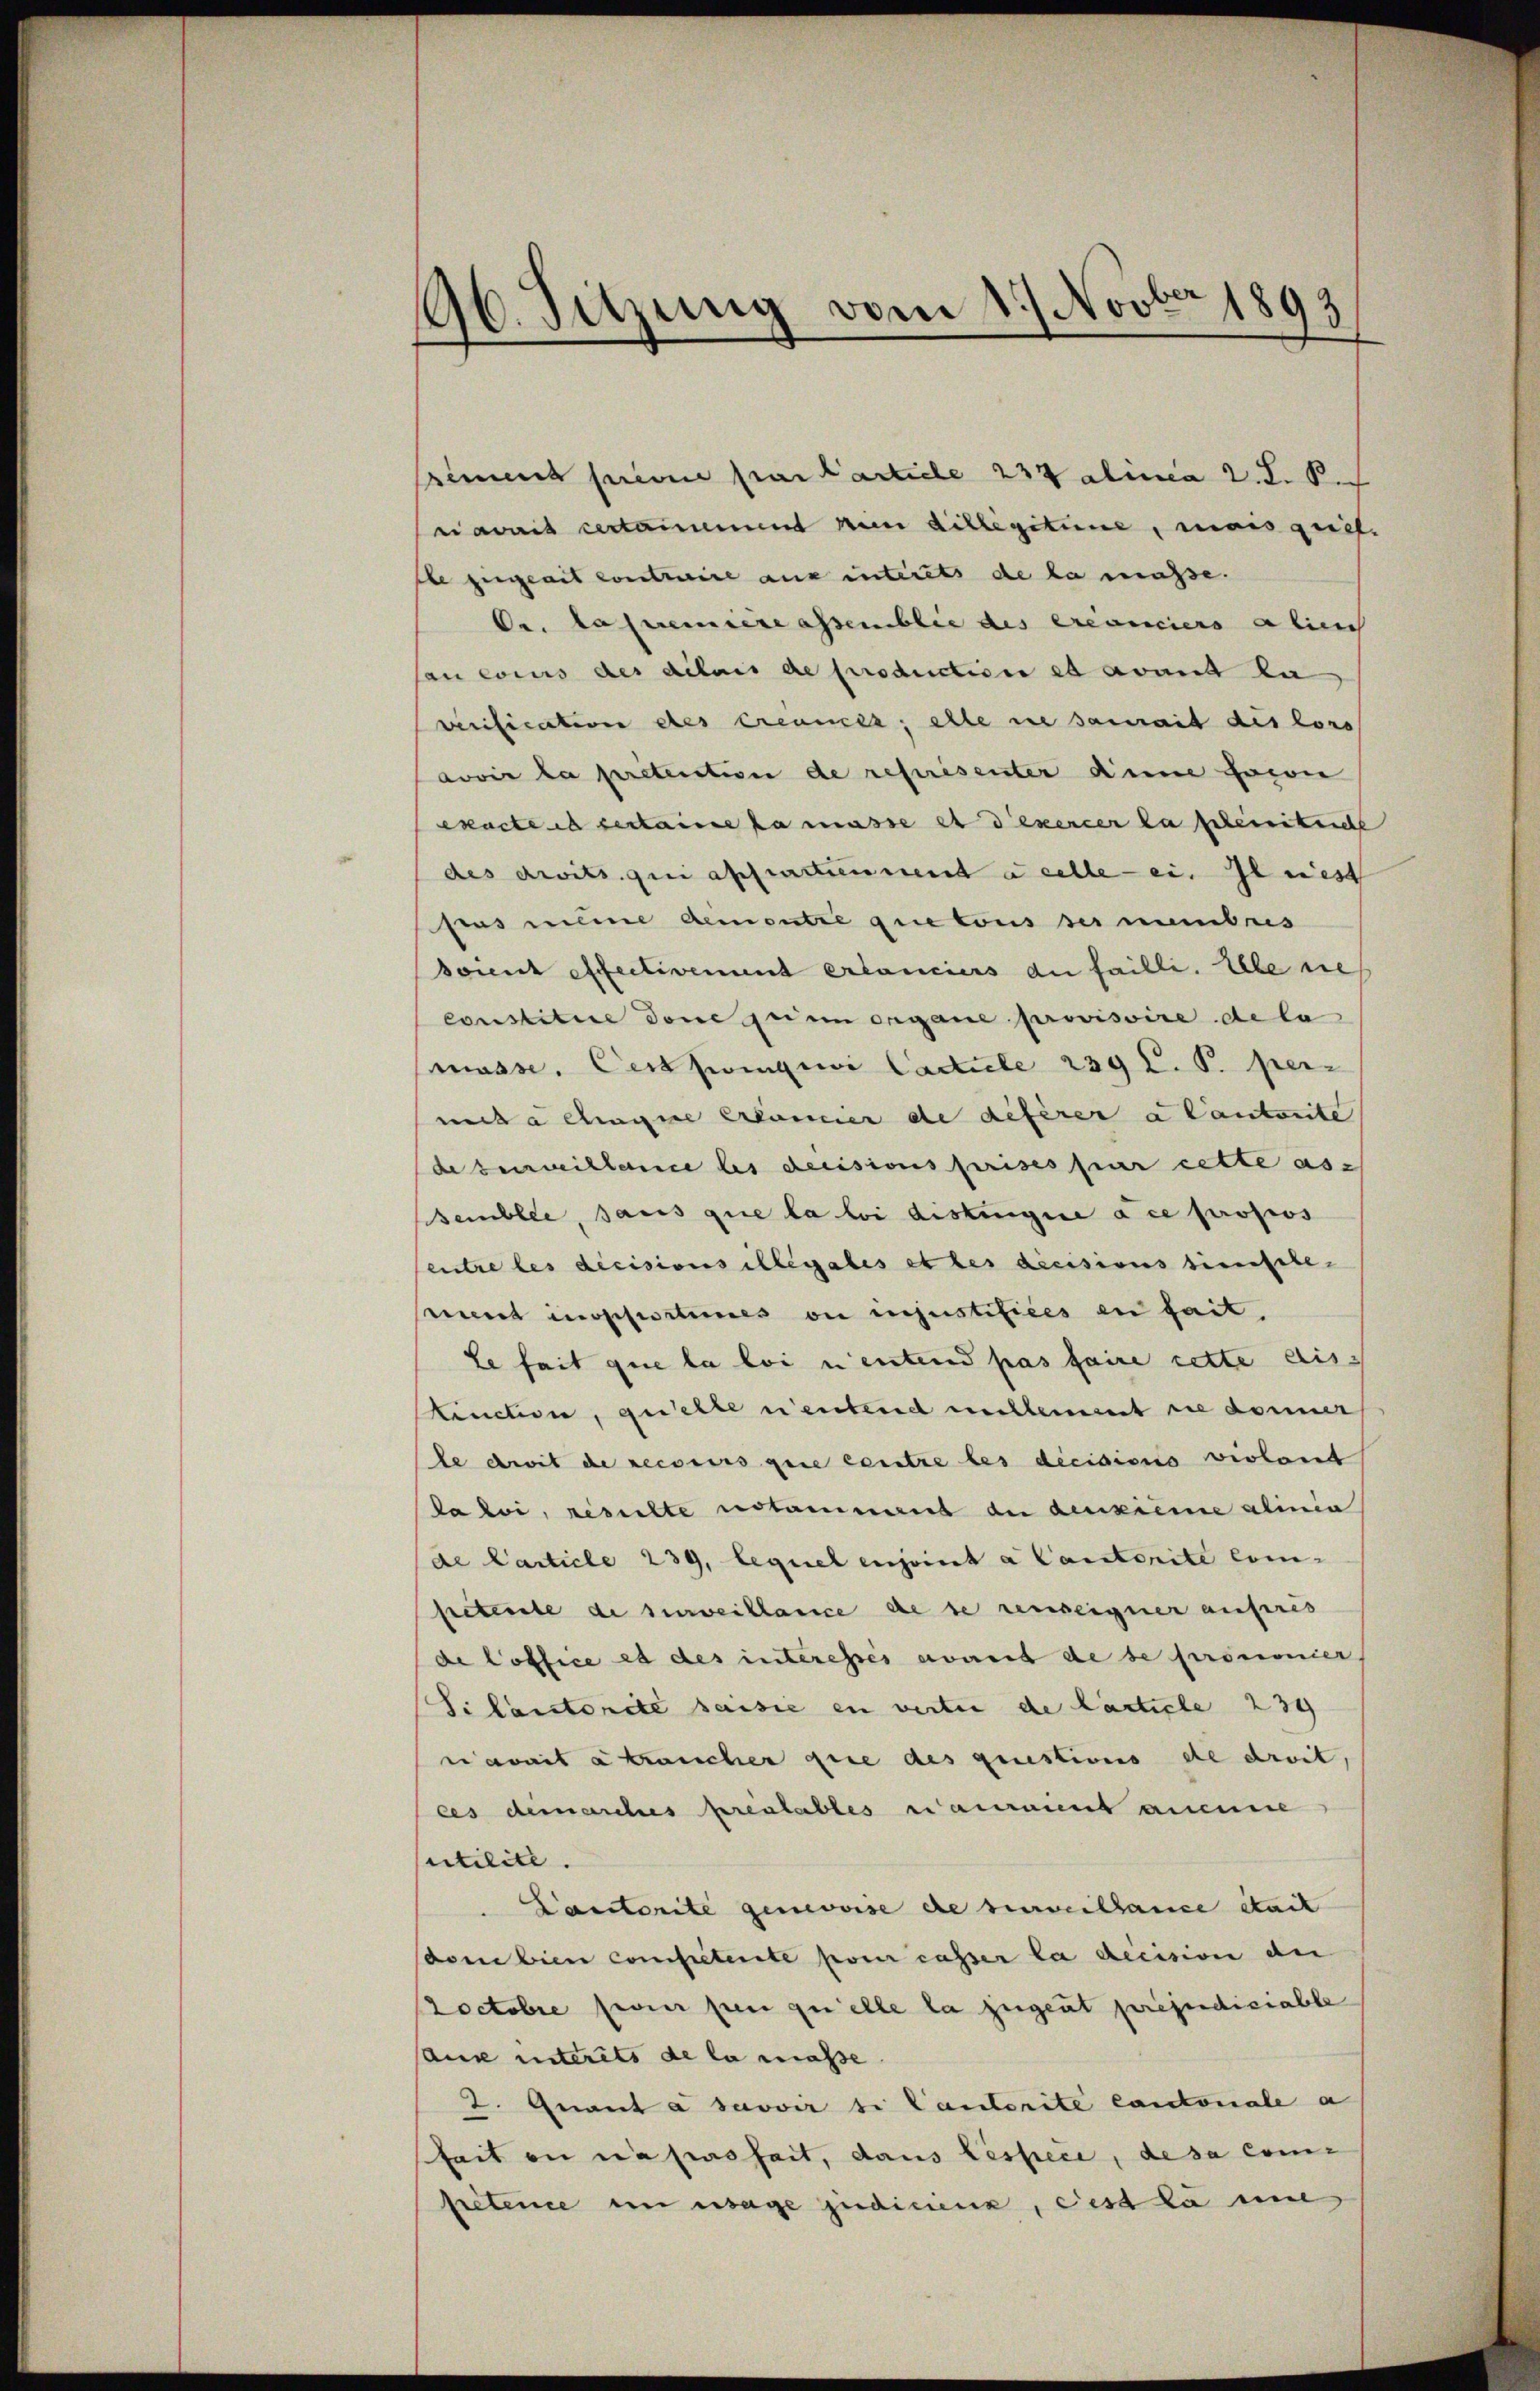
96. Sitzung vom 1. Novber 1893

sement perin par Carticle 234 alinea 2. 2. Se
ravait certaimement nun dillegitime, mais geich.
Ele zeigeait contraire aus interets de la masse.
Oe. La première assenblic des ereduciers alien
sau conus des dilais de production es avant la
verification des créances; elle in damit des loro
avoir la pretection de représenter dene freven
exacte es vertaine sa masse et dexercer la scheinische
des droits qui affractiennent à celle - ein Geniest
prus meine dementre que tous ses membris
soient effectivement erlanciers du failli. Ebenes
constitire done sei im organe provisoire dela
masse. Cert zwingei Carticle 239 C. P. per-
mita eine Erkanner de deferer a lautete
de surveillance les decisions prises par cette as-
semblee, sans que la loi distingere ace propos
entre les dicisions illégales et les decisions simische
miert inopportimes ou injustifices en fait.
le fait que la loi neutend pas faire cette distinction, quelle n’entend viellemmt sie donner
le droit de recours que centre les dicidionis violant
Paloi, resulte estamment du deuxième alinia
de Carticle 239, lequel enjoint a Cantonite com-
seterste de surveillance de se renseigner aufsres
de office es des interessés avait de se prononier
Si lautorité saisie en verter de Carticle 239
n avait abraucher que des questions de droit,
ces demarches bereitables n’auraient aneine
utilite.
Sanctorite gemovise de surveillance était
sdem bien competente pour casser la decision der
Zoctobre feier per quelle la zugent perependiciable
aux interets de la masse
2. Guant à savoir si Cantorite Cantonale a
hait in nahmsheit, dans Lesfeie, de sa com
Pretene in wage judicenz, dest la mi